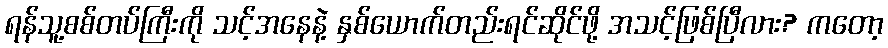
ရန်သူ့စစ်တပ်ကြီးကို သင့်အနေနဲ့ နှစ်ယောက်တည်းရင်ဆိုင်ဖို့ အသင့်ဖြစ်ပြီလား? ကတော့